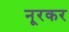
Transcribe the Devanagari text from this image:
नूरकर